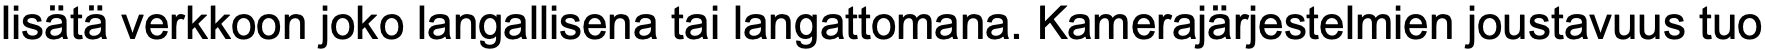
lisätä verkkoon joko langallisena tai langattomana. Kamerajärjestelmien joustavuus tuo